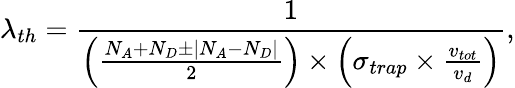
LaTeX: \lambda_{th}=\frac{1}{\left(\frac{N_{A}+N_{D}\pm\left|N_{A}-N_{D}\right|}{2}\right)\times\left(\sigma_{trap}\times\frac{v_{tot}}{v_{d}}\right)},